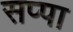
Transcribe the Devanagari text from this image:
सप्पा